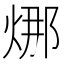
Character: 𭴴